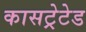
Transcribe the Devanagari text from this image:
कासट्रेटेड